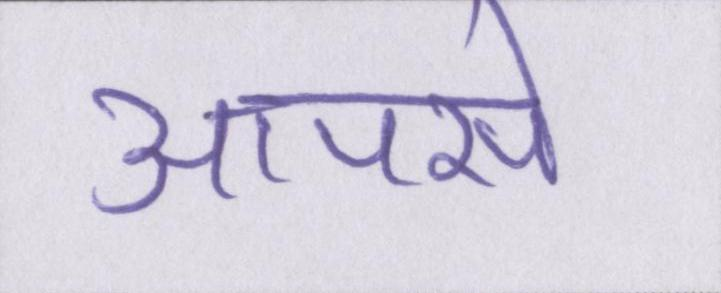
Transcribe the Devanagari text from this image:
आपसे